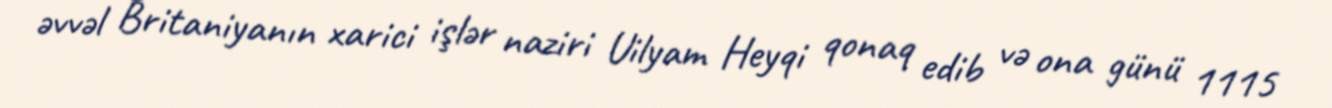
əvvəl Britaniyanın xarici işlər naziri Uilyam Heyqi qonaq edib və ona günü 1115